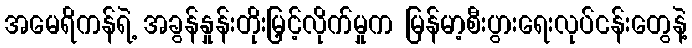
အမေရိကန်ရဲ့ အခွန်နှုန်းတိုးမြှင့်လိုက်မှုက မြန်မာ့စီးပွားရေးလုပ်ငန်းတွေနဲ့